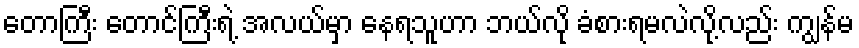
တောကြီး တောင်ကြီးရဲ့ အလယ်မှာ နေရသူဟာ ဘယ်လို ခံစားရမလဲလို့လည်း ကျွန်မ